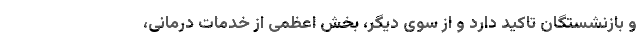
و بازنشستگان تاکید دارد و از سوی دیگر، بخش اعظمی از خدمات درمانی،